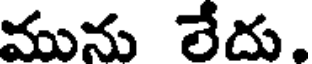
మును లేదు.